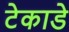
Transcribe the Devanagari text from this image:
टेकाडे